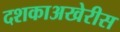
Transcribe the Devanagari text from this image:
दशकाअखेरीस